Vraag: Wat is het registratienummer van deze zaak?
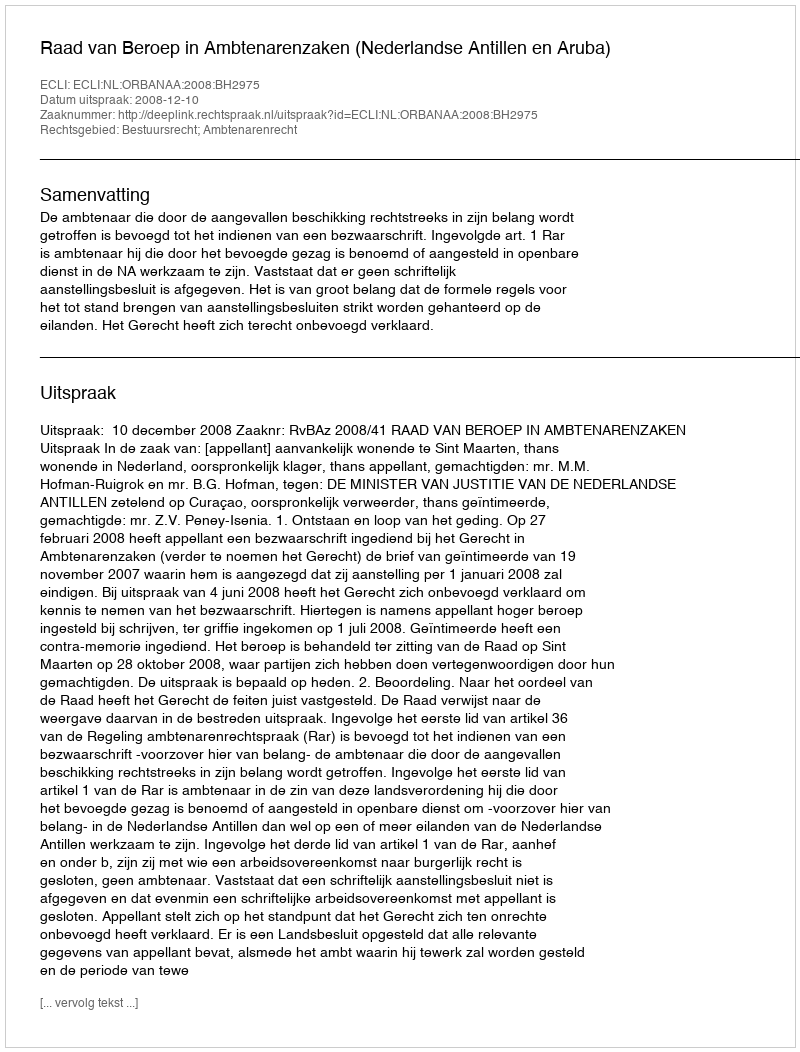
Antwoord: http://deeplink.rechtspraak.nl/uitspraak?id=ECLI:NL:ORBANAA:2008:BH2975